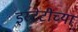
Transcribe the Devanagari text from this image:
इस्टेटींच्या